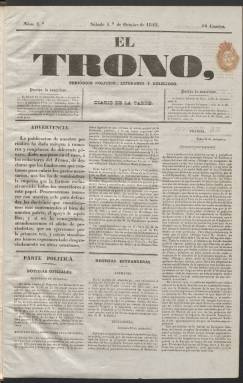
Título: El Trono (Madrid. 1842)
Colección: Periódicos anteriores a 1850
Ámbito geográfico: Madrid
Lugar de publicación: Madrid
Fechas: 01/10/1842-03/12/1842